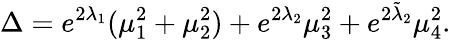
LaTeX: \Delta=e^{2\lambda_{1}}(\mu_{1}^{2}+\mu_{2}^{2})+e^{2\lambda_{2}}\mu_{3}^{2}+e^{2\tilde{\lambda}_{2}}\mu_{4}^{2}.